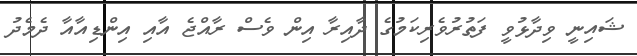
ޝައިނީ ވިދާޅުވީ ފަތުރުވެރިކަމުގެ ދާއިރާ އިން ވެސް ރާއްޖެ އާއި އިންޑިއާއާ ދެމެދު